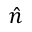
\boldsymbol { \hat { n } }